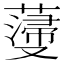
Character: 𮑵